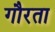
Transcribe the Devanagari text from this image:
गौरता